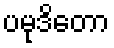
ပမုဒိတော